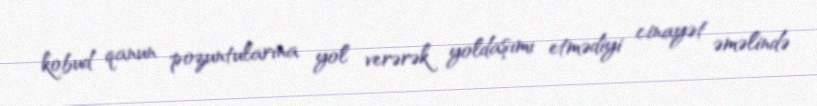
kobud qanun pozuntularına yol verərək yoldaşımı etmədiyi cinayət əməlində